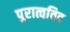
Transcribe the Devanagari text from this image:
पुरात्वविद